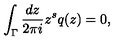
\int _ { \Gamma } \frac { d z } { 2 \pi i } z ^ { s } q ( z ) = 0 ,